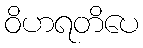
ဝိဟရတိပေ